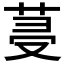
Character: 𦯈